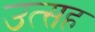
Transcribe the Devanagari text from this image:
उत्सह